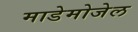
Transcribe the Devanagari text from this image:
माडेमोजेल